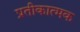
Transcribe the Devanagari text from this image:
प्रतीकात्‍मक